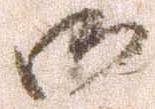
御